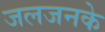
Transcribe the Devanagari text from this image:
जलजनके